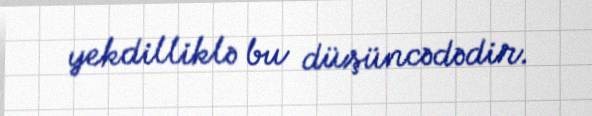
yekdilliklə bu düşüncədədir.